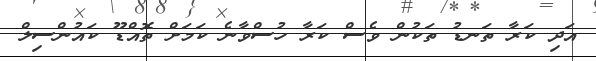
އަދި ކަރާ ތަނޑު ތަކުން ވެސް ކަރާ ހުސްވާނެ ކަމަށް ތޮއްޑޫ ކައުންސިލް